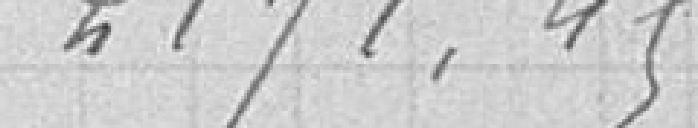
217,45